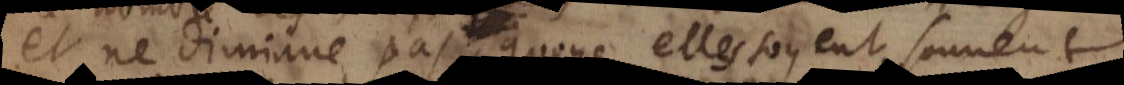
et ne diminue pas, quoyqu’elles soyent souven